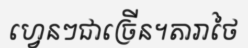
ហ្វេនៗជាច្រើន។តារាថៃ